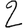
Digit: 2